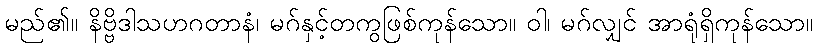
မည်၏။ နိဗ္ဗိဒါသဟဂတာနံ၊ မဂ်နှင့်တကွဖြစ်ကုန်သော။ ဝါ၊ မဂ်လျှင် အာရုံရှိကုန်သော။